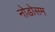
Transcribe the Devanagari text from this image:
नोडोसम